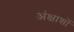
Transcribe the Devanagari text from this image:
अंक्षाशों